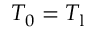
T _ { 0 } = T _ { \mathrm { l } }